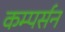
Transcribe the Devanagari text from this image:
कम्पर्सन